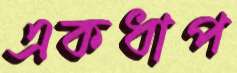
একধাপ